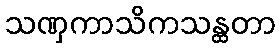
သဏှကာသိကသန္ထတာ